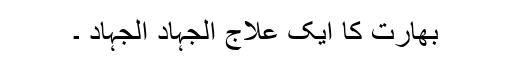
بھارت کا ایک علاج الجہاد الجہاد ۔